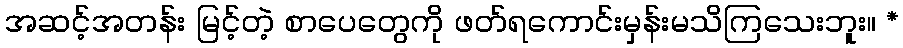
အဆင့်အတန်း မြင့်တဲ့ စာပေတွေကို ဖတ်ရကောင်းမှန်းမသိကြသေးဘူး။ *